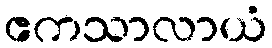
ဧကသာလာယံ